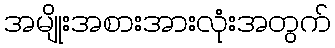
အမျိုးအစားအားလုံးအတွက်